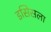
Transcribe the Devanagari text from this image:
इसिसला